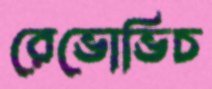
রেভোভিচ